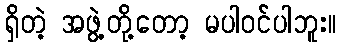
ရှိတဲ့ အဖွဲ့တို့တော့ မပါဝင်ပါဘူး။